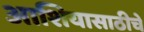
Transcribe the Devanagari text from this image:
आशियासाठीचे